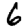
Digit: 6